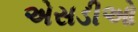
એસડીઓ